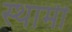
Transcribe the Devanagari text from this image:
स्थामी